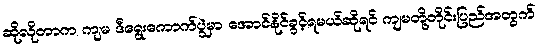
ဆိုလိုတာက ကျမ ဒီရွေးကောက်ပွဲမှာ အောင်နိုင်ခွင့်ရမယ်ဆိုရင် ကျမတို့တိုင်းပြည်အတွက်